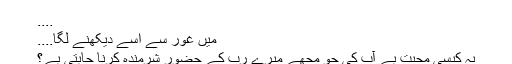
....
میں غور سے اسے دیکهنے لگا....
یہ کیسی محبت ہے آپ کی جو مجهے میرے رب کے حضور شرمندہ کرنا چاہتی ہے؟